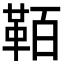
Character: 𩊘